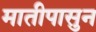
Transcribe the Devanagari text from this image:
मातीपासुन